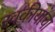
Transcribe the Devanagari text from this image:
स्वकीयांचा